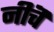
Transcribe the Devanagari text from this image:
नीचॆ